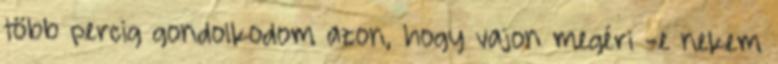
több percig gondolkodom azon, hogy vajon megéri -e nekem